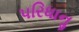
પરિધાનૢ